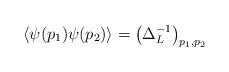
LaTeX: \begin{align*}\langle \psi(p_1) \psi(p_2) \rangle = \left(\Delta_L^{-1} \right)_{p_1,p_2}\end{align*}